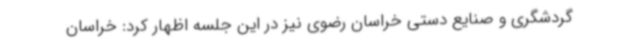
گردشگری و صنایع دستی خراسان رضوی نیز در این جلسه اظهار کرد: خراسان